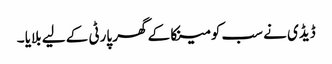
ڈیڈی نے سب کو مینکا کے گھر پارٹی کے لیے بلایا ۔